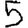
Digit: 5